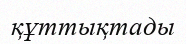
құттықтады